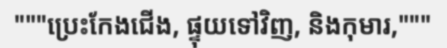
"""ប្រេះកែងជើង, ផ្ទុយទៅវិញ, និងកុមារ,"""